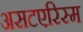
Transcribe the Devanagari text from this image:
असटएरिस्म